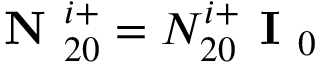
\textbf { N } _ { 2 0 } ^ { i + } = N _ { 2 0 } ^ { i + } \textbf { I } _ { 0 }